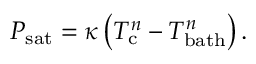
P _ { \mathrm { s a t } } = \kappa \left( T _ { \mathrm { c } } ^ { n } - T _ { \mathrm { b a t h } } ^ { n } \right) \mathrm { . }